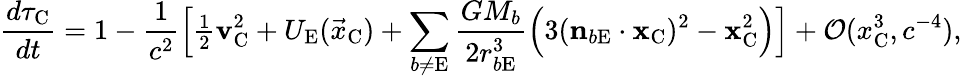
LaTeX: \frac{d\tau_{\mathrm{C}}}{dt}=1-\frac{1}{c^{2}}\Big[{\textstyle\frac{1}{2}}\boldsymbol{\mathrm{v}}_{\mathrm{C}}^{2}+U_{\mathrm{E}}({\vec{x}}_{\mathrm{C}})+\sum_{b\not=\mathrm{E}}\frac{GM_{b}}{2r_{b\mathrm{E}}^{3}}\Big(3(\boldsymbol{\mathrm{n}}_{b\mathrm{E}}\cdot\boldsymbol{\mathrm{x}}_{\mathrm{C}})^{2}-\boldsymbol{\mathrm{x}}_{\mathrm{C}}^{2}\Big)\Big]+{\cal O}({x_{\mathrm{C}}^{3},c^{-4}}),